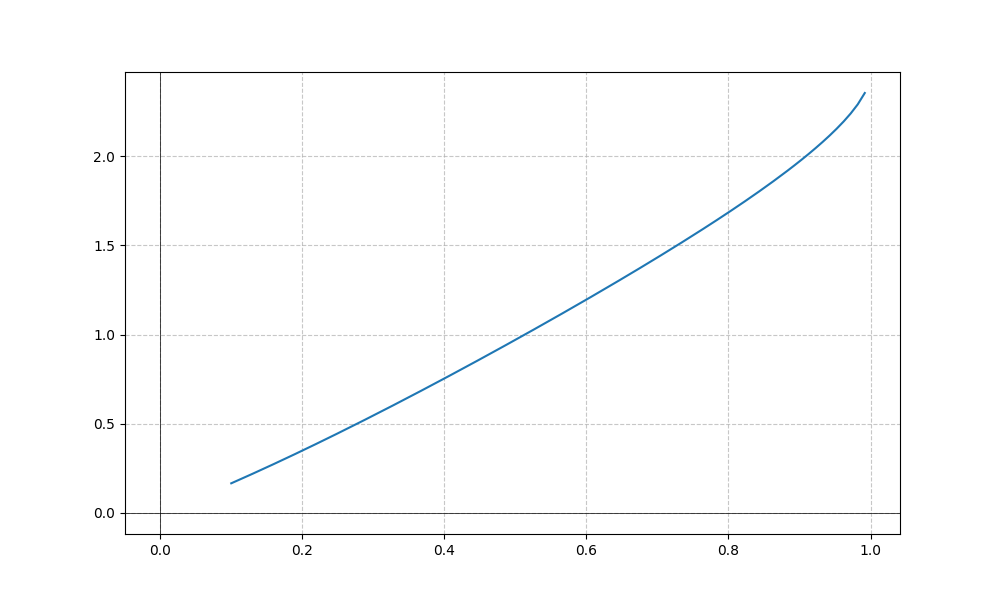
LaTeX formula: \operatorname{acos}{\left(- x \right)} \operatorname{atan}{\left(x \right)}